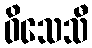
ဝိသေသီ